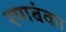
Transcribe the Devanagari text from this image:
रणबंका